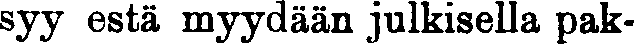
syy estä myydään julkisella pak-